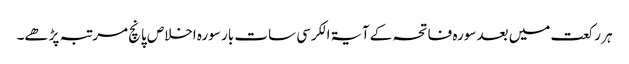
ہر رکعت میں بعد سورہ فاتحہ کے آیۃ الکرسی سات بار سورہ اخلاص پانچ مرتبہ پڑھے۔